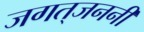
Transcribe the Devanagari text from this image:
जगत्‌जननी